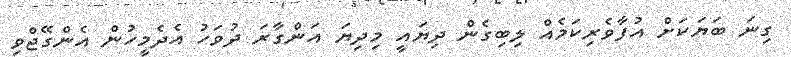
ގިނަ ބަޔަކަށް އުފާވެރިކަމެއް ލިބިގެން ދިޔައީ މިދިޔަ އަންގާރަ ދުވަހު އެދެމީހުން އެންގޭޖްވި